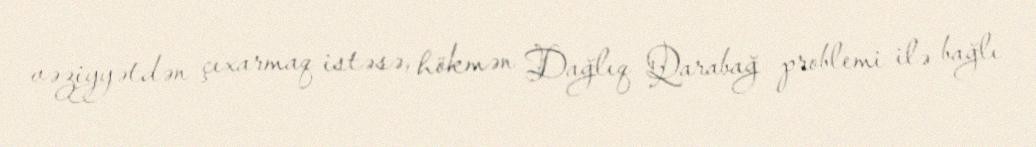
vəziyyətdən çıxarmaq istəsə, hökmən Dağlıq Qarabağ problemi ilə bağlı